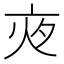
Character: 𡖍